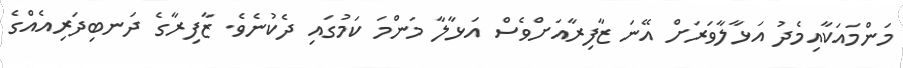
މަންމައަކާއިމެދު އަޅާލާވަރަށް އޭނަ ޒާފިރާއަށްވެސް އަޅާލާ މަންމަ ކަމުގައި ދެކުނެވެ. ޒާފިރާގެ ދަނބިދަރިއެއްގެ